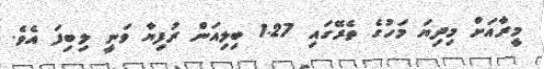
މީރާއަށް މިދިޔަ މަހުގެ ތެރޭގައި 1.27 ބިލިއަން ރުފިޔާ ވަނީ ލިބިފަ އެވެ.